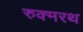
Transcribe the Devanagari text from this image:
रुक्मरथ